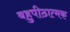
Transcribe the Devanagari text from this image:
बहुपीठात्मक